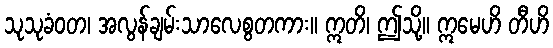
သုသုခံဝတ၊ အလွန်ချမ်းသာလေစွတကား။ ဣတိ၊ ဤသို့။ ဣမေဟိ တီဟိ